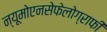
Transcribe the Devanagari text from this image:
न्यूमोएनसेफेलोग्राफी